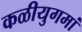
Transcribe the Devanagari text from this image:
कळीयुगमां